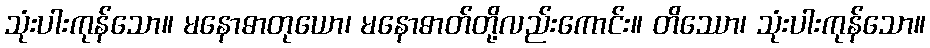
သုံးပါးကုန်သော။ မနောဓာတုယော၊ မနောဓာတ်တို့လည်းကောင်း။ တိဿော၊ သုံးပါးကုန်သော။